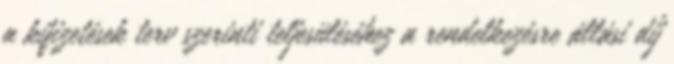
a kifizetések terv szerinti teljesüléséhez a rendelkezésre állási díj